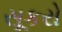
સૂકરો